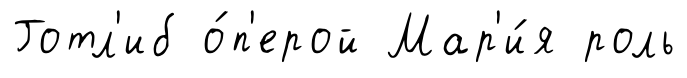
Готл'иб о́п'ерой Мар'и́я роль